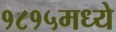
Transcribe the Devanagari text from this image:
१८१५मध्ये